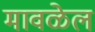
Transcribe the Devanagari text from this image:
मावळेल